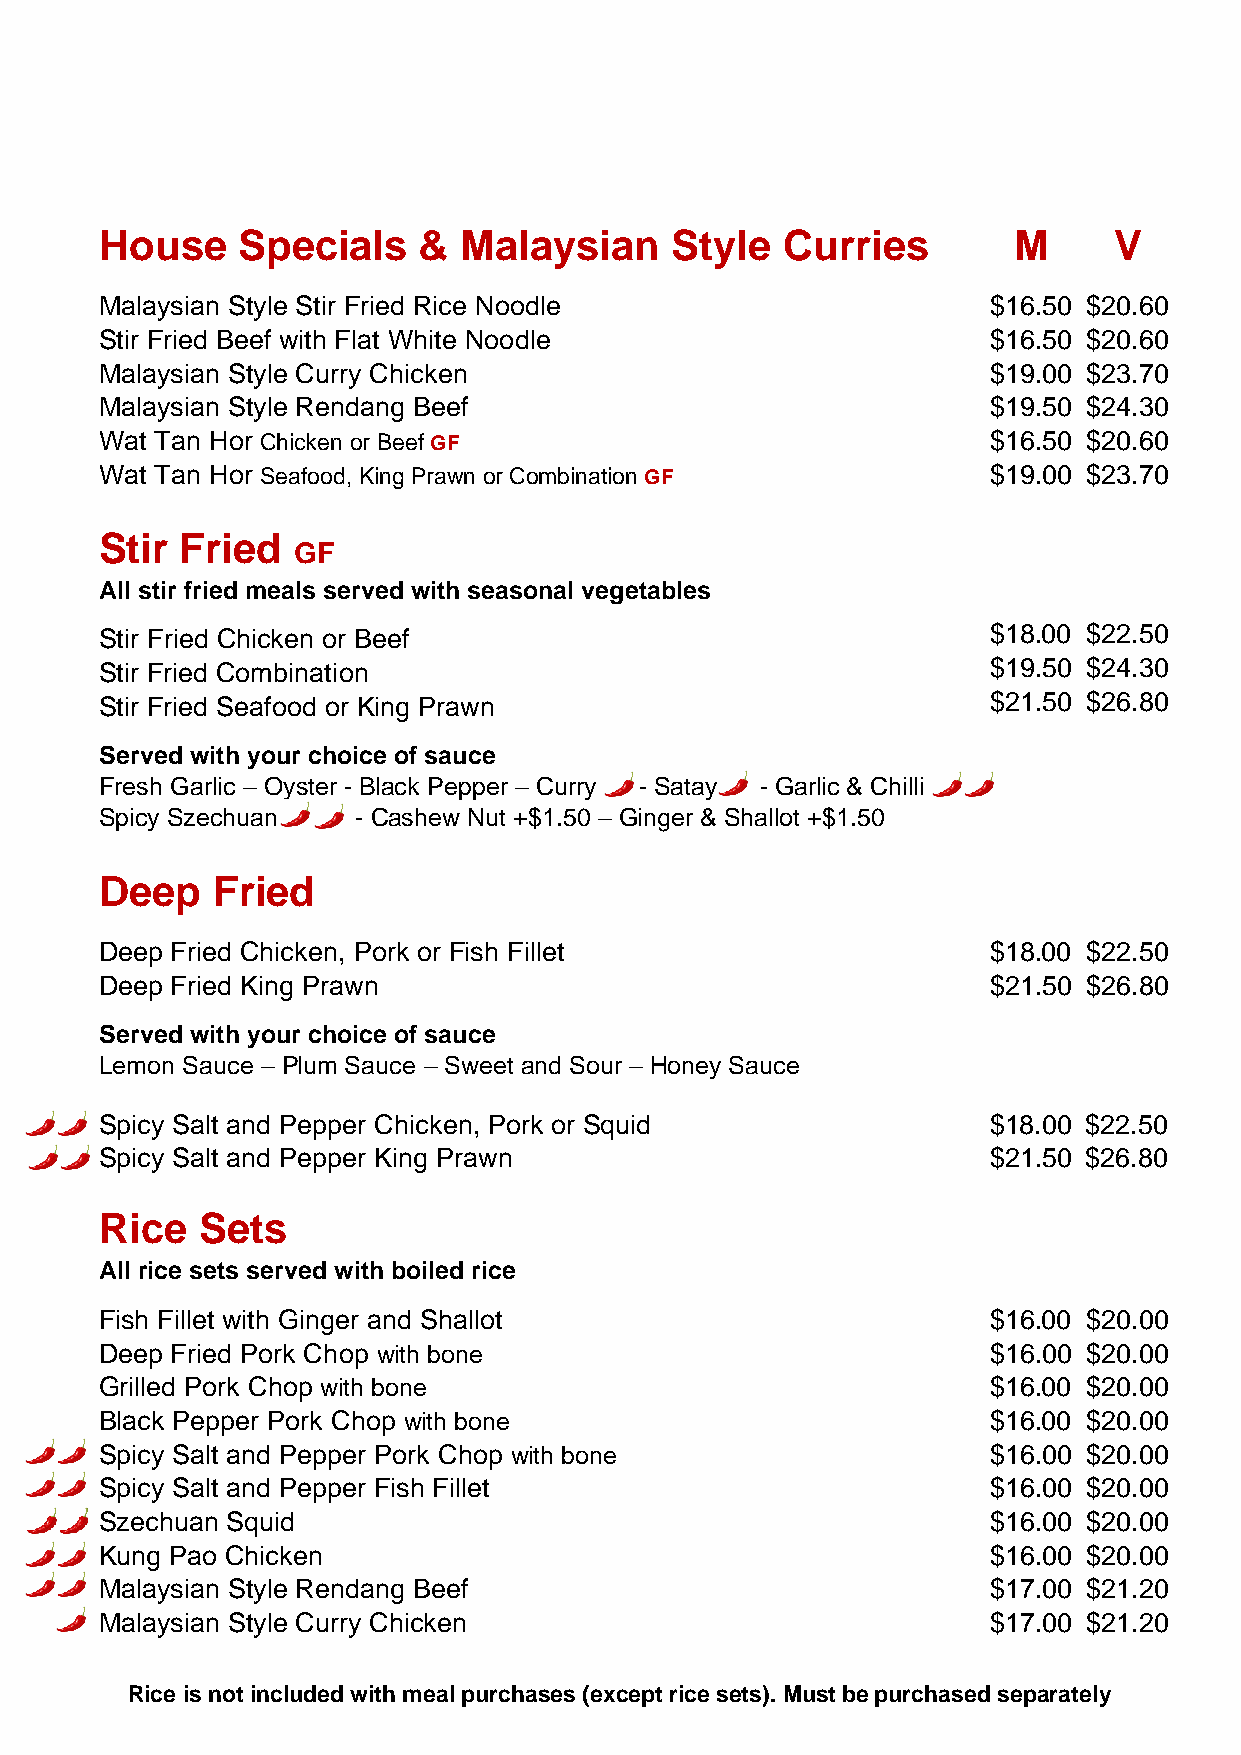
House    Specials    & Malaysian     Style   Curries        M      V
 Malaysian Style Stir Fried Rice Noodle                    $ 1 6 . 5 0 $ 2 0 . 6 0
 Stir Fried Beef with Flat White Noodle                    $ 1 6 . 5 0 $ 2 0 . 6 0
 Malaysian Style Curry Chicken                             $ 1 9 . 0 0 $ 2 3 . 7 0
 Malaysian Style Rendang Beef                              $ 1 9 .50 $ 2 4 . 30
 Wat Tan Hor Chicken or Beef GF                            $ 1 6 . 5 0 $20.60
 Wat Tan Hor Seafood, King Prawn or Combination GF         $19.00 $ 2 3.70
 Stir Fried
 GF
 All stir fried meals served with seasonal vegetables
 Stir Fried Chicken or Beef                                $ 1 8 . 0 0 $ 2 2 . 5 0
 Stir Fried Combination                                    $ 1 9 . 5 0 $ 2 4 .30
 Stir Fried Seafood or King Prawn                          $21.50 $ 2 6 . 8 0
 Served with your choice of sauce
 Fresh Garlic – Oyster - Black Pepper – Curry - Satay - Garlic & Chilli
 Spicy Szechuan   - Cashew Nut +$1.50 – Ginger & Shallot +$1.50
 Deep   Fried
 Deep Fried Chicken, Pork or Fish Fillet                   $ 1 8 . 0 0 $ 2 2 . 5 0
 Deep Fried King Prawn                                     $21.50 $ 2 6 . 80
 Served with your choice of sauce
 Lemon Sauce – Plum Sauce – Sweet and Sour – Honey Sauce
 Spicy Salt and Pepper Chicken, Pork or Squid              $ 1 8 . 0 0 $ 2 2 . 5 0
 S picy Salt and Pepper King Prawn                         $21.50 $26.80
 Rice  Sets
 All rice sets served with boiled rice
 Fish Fillet with Ginger and Shallot                       $ 1 6 . 0 0 $ 2 0 . 0 0
 D eep Fried Pork Chop with bone                           $ 1 6 . 0 0 $ 2 0 .00
 Grilled Pork Chop with bone                               $ 1 6 . 0 0 $ 2 0 . 0 0
 Black Pepper Pork Chop with bone                          $ 1 6 . 0 0 $ 2 0 . 0 0
 S picy Salt and Pepper Pork Chop with bone                $ 1 6 . 0 0 $ 2 0 . 0 0
 Spicy Salt and Pepper Fish Fillet                         $ 1 6 . 0 0 $20.00
 Szechuan Squid                                            $16.00 $ 20.00
 Kung Pao Chicken                                          $ 1 6 . 0 0 $20.00
 Malaysian Style Rendang Beef                              $ 1 7.00 $21.20
 Malaysian Style Curry Chicken                             $17.00 $21.20
 R i c e is n o t i n c l u d e d w i t h m e a l p u r c h a s e s ( e x c e p t r i c e s e t s ) . M ust be purchased separately